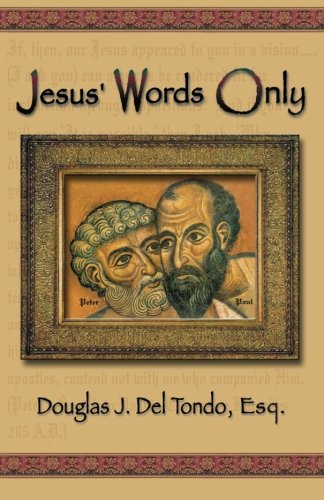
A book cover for Jesus' Words Only or Was Paul the Apostle Jesus Condemns in Revelation 2:2; Douglas Del Tonto; Christian Books & Bibles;